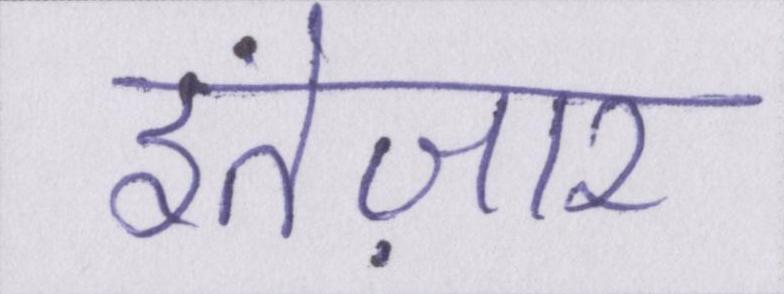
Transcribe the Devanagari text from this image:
इंतेज़ार